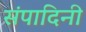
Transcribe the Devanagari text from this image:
संपादिनी